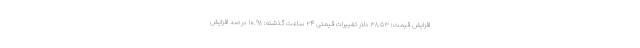
افزایش قیمت: ۳۸.۵۳ دلار تغییرات قیمتی ۲۴ ساعت گذشته: ۱۰.۹۸ درصد افزایش